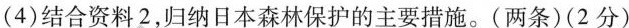
(4)结合资料2，归纳日本森林保护的主要措施。(两条)(2分)